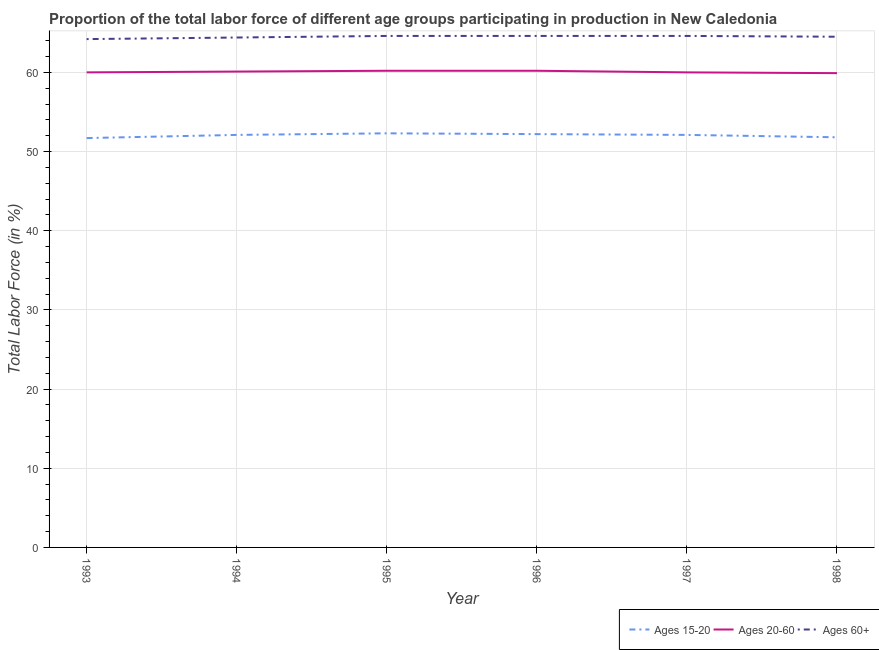
| Year | Ages 15-20 | Ages 20-60 | Ages 60+ |
 | --- | --- | --- | --- |
 | 1993 | 51.7 | 60 | 64.2 |
 | 1994 | 52.1 | 60.1 | 64.4 |
 | 1995 | 52.3 | 60.2 | 64.6 |
 | 1996 | 52.2 | 60.2 | 64.6 |
 | 1997 | 52.1 | 60 | 64.6 |
 | 1998 | 51.8 | 59.9 | 64.5 |